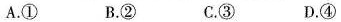
A.① B.② C.③ D.④